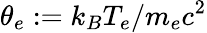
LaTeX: \theta_{e}:=k_{B}T_{e}/m_{e}c^{2}